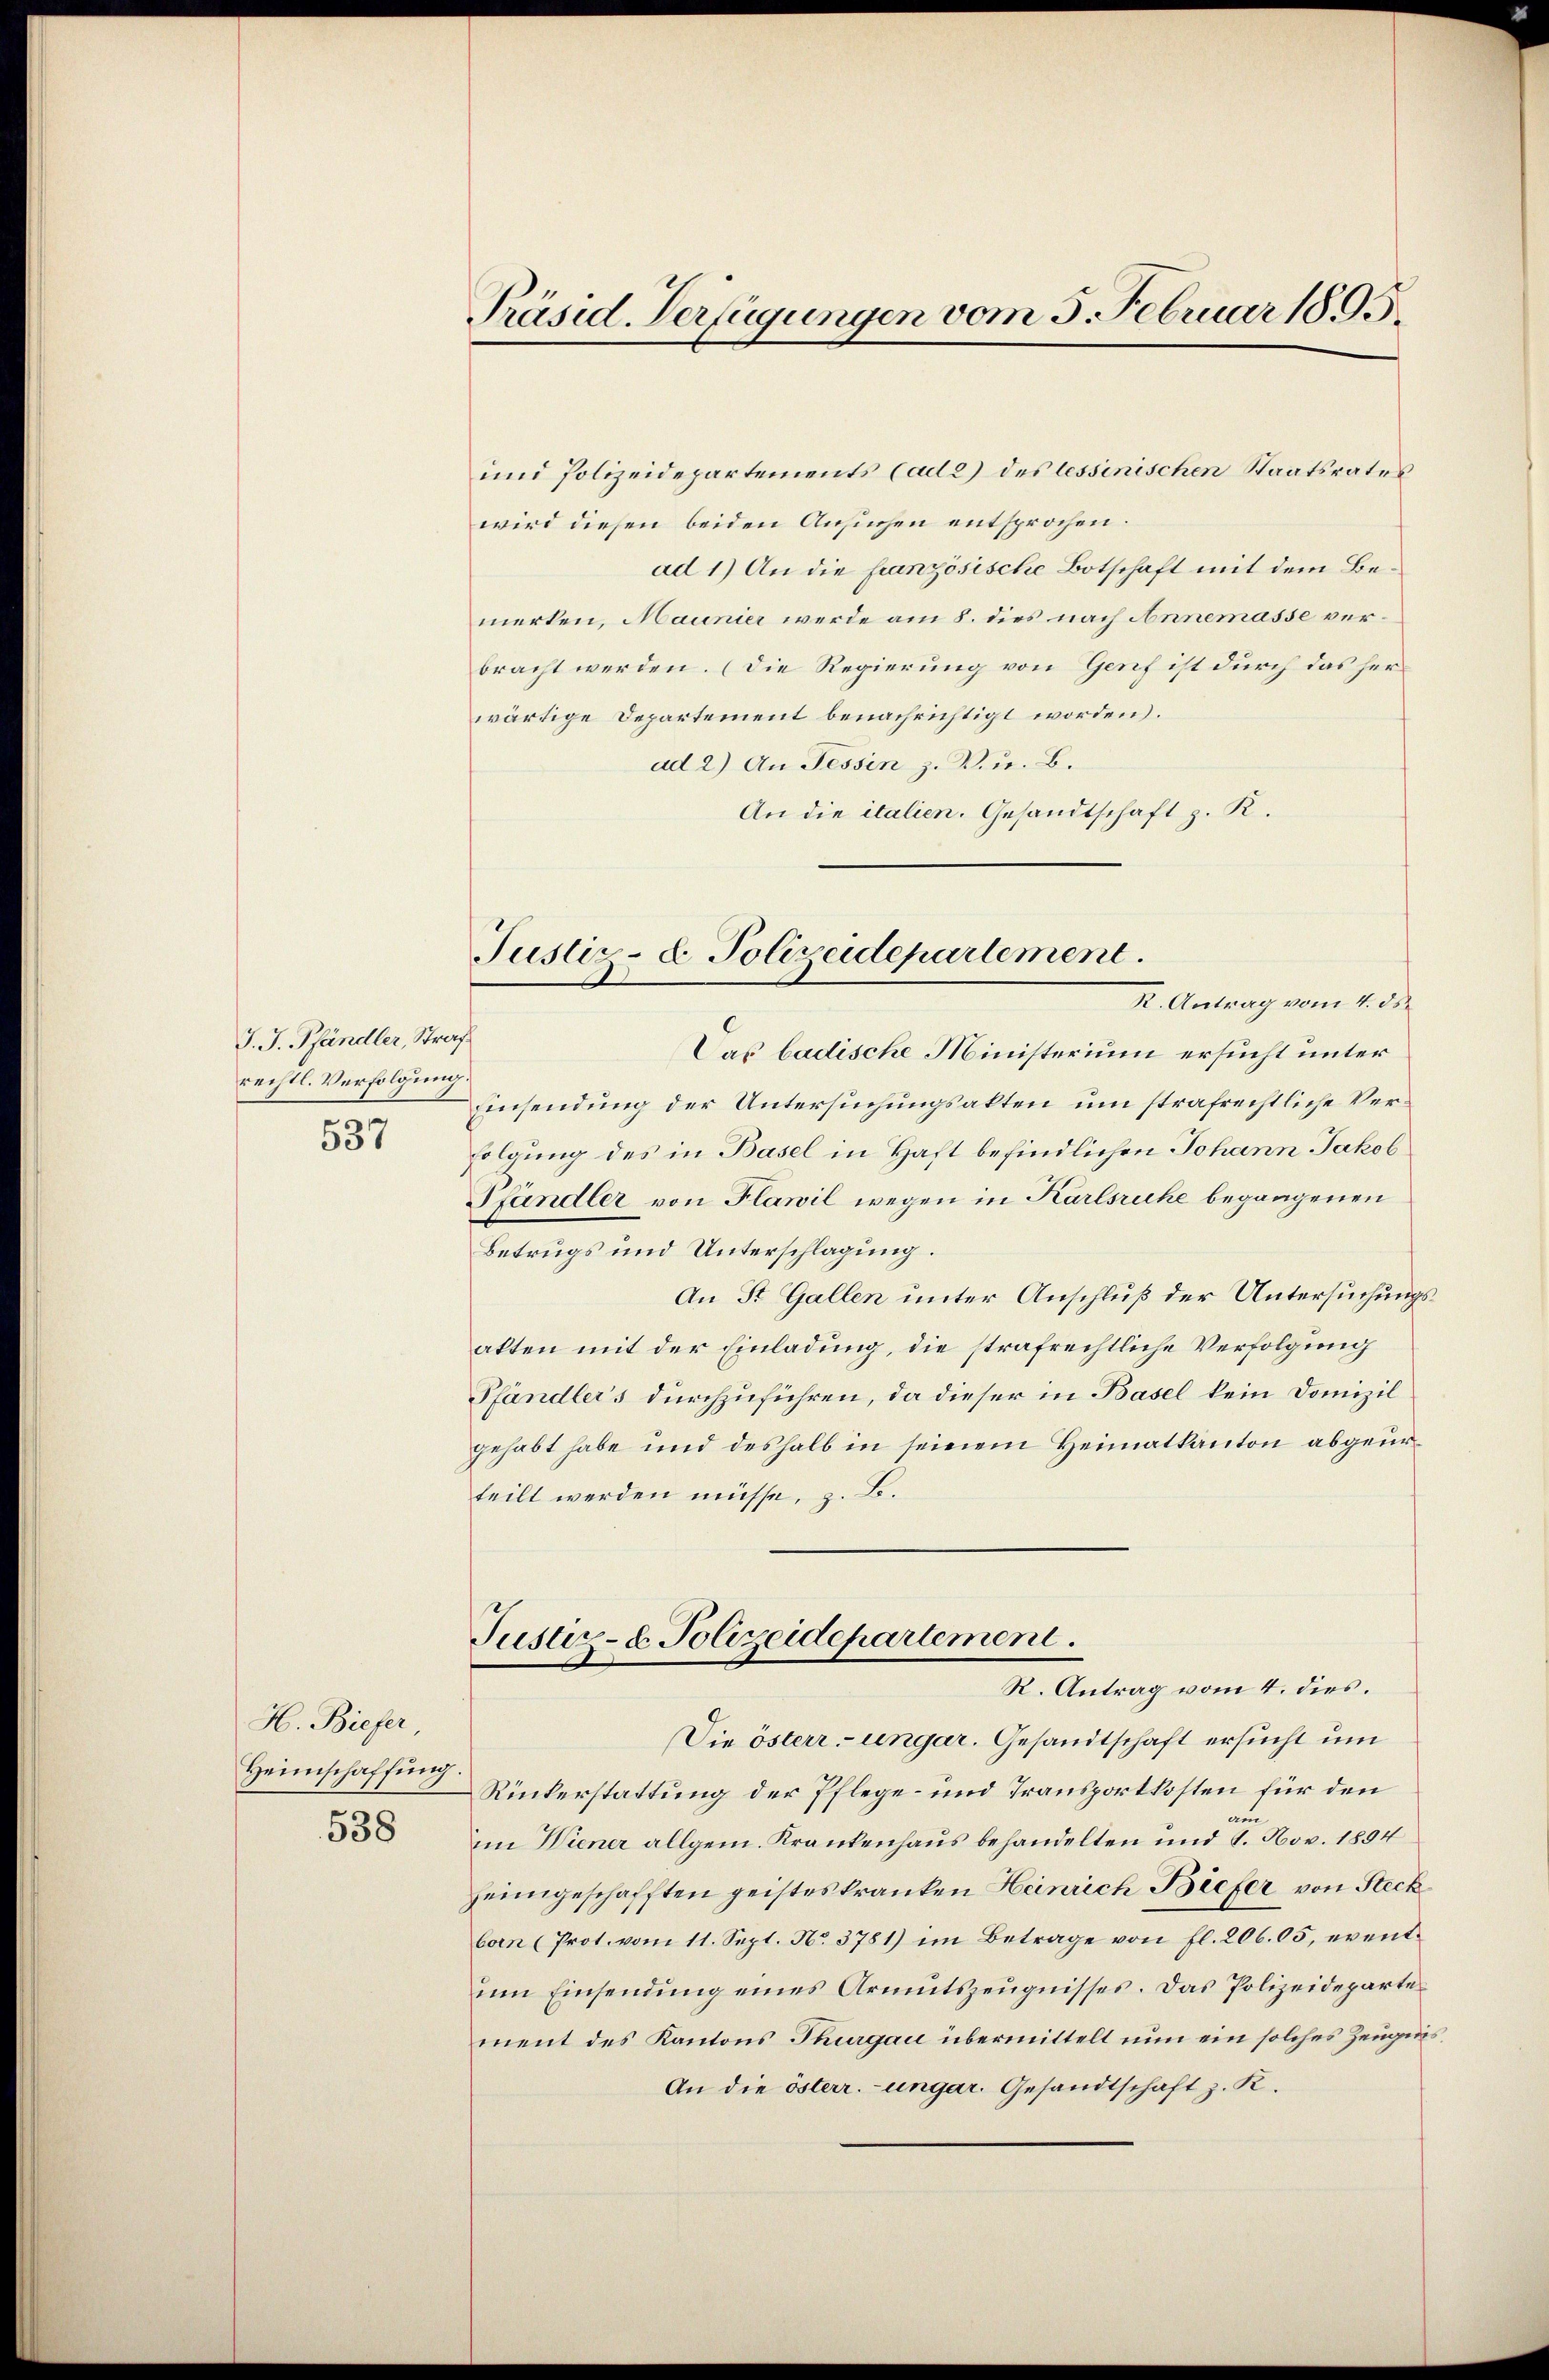
J. J. Pfändler, Straf.
rechtl. Verfolgung.
537

H. Biefer,
Heimschaffung.

538

Präsid. Verfügungen vom 5. Februar 1895.

Justiz- & Polizeidepartement.

und Polizeidepartements (ad 2) des lessinischen Staatsrates
wird diesen beiden Ansuchen entsprochen.
ad 1) An die französische Botschaft mit dem Bemerken, Maunier werde am 8. dies nach Annemasse verbracht werden. (Die Regierung von Genf ist durch das herwärtige Departement benachrichtigt worden.
ad 2) An Tessin z. B. u. B.
An die italien. Gesandtschaft z. R.
R. Antrag vom 4. ds.
Das badische Ministerium ersucht unter
Einsendung der Untersuchungsakten um strafrechtliche Verfolgung des in Basel in Haft befindlichen Johann Jakob
Pfändler von Flawil wegen in Karlsruhe begangenen
Betrugs und Unterschlagung.
An St. Gallen unter Anschluß der Untersuchungsakten mit der Einladung, die strafrechtliche Verfolgung
Pfändler’s durchzuführen, da dieser in Basel kein Domizilgehabt habe und deshalb in seinem Heimatkanton abgeurteilt werden müsse, z. B.
Justiz- & Polizeidepartement.
R. Antrag vom 4. dies.
Die österr-ungar. Gesandtschaft ersucht um
Rückerstattung der Pflege- und Transportkosten für den
am
im Wiener allgem. Krankenhaus behandelten und 9. Nov. 1894
heimgeschafften geisteskranken Heinrich Biefer von Steckban (Prot. vom 11. Sept. No. 3781) im Betrage von fl. 206.05, event
um Einsendung eines Armutszeugnisses. Das Polizeideparte
ment des Kantons Thurgau übermittelt nun ein solches Zeugnis
An die österr.-ungar. Gesandtschaft z. K.